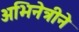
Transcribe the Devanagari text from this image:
अभिनेत्रीने